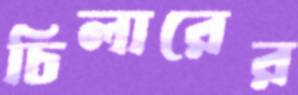
চিলারের